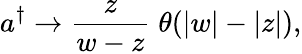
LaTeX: a^{\dagger}\rightarrow\frac z{w-z}\; \theta(|w|-|z|),